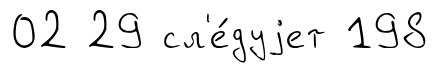
02 29 сл'е́дуjет 198